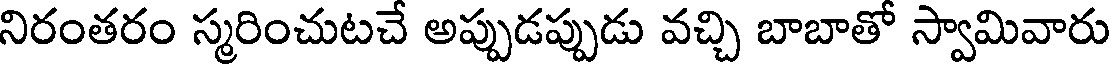
నిరంతరం స్మరించుటచే అప్పుడప్పుడు వచ్చి బాబాతో స్వామివారు